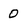
Character: 0